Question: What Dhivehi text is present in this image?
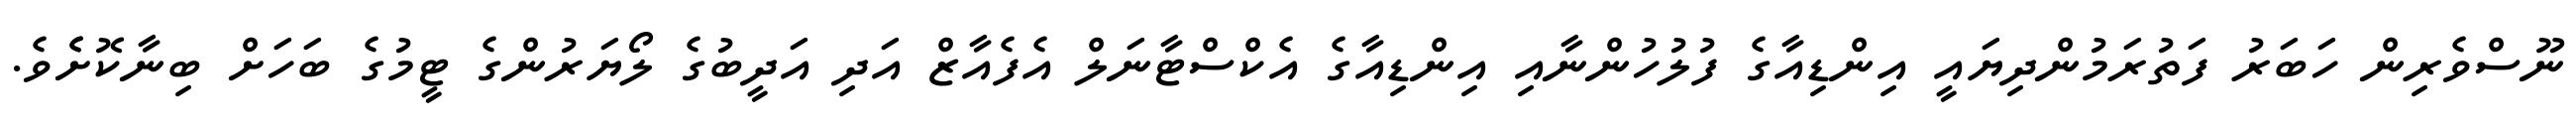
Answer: ނޫސްވެރިން ހަބަރު ފަތުރަމުންދިޔައީ އިންޑިއާގެ ފުލުހުންނާއި އިންޑިއާގެ އެކްސްޓާނަލް އެފެއާޒް އަދި އަދީބުގެ ލޯޔަރުންގެ ޓީމުގެ ބަހަށް ބިނާކޮށެެވެ.